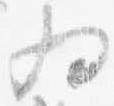
為